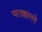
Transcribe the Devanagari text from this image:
परतहल्ले